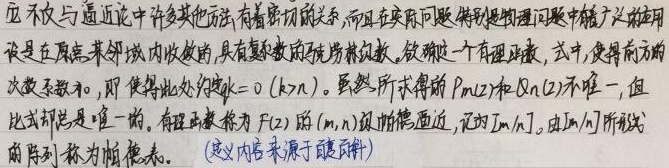
它不仅与逼近论中许多其他方法有着密切的关系，而且在实际问题特别是物理问题中有着广泛的应用。
设是在原点某邻域内收敛的，具有复系数的强房林级数。欲确定一个有理函数，式中，使得前方的次数系数和，即使得此处的度\(k = 0(k\in\mathbb{Z})\)。虽然所求得的\(P_m(z)\)和\(Q_n(z)\)不唯一，但比式却是唯一的。有理函数称为\(F(z)\)的\((m,n)\)阶帕德逼近，记为\([m / n]\)。由\([m / n]\)所形成的序列称为帕德表。（定义内容来源于  百科）